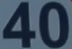
40